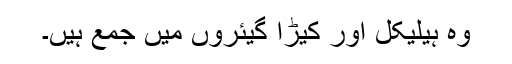
وہ ہیلیکل اور کیڑا گیئروں میں جمع ہیں۔